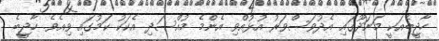
ހާޖީބެއަކީ މަނަދޫގައި އެދުވަސްވަރު އުޅުއްވި އެންމެ މުއްސަދި އެކަކު ކަމުގައި ވިއެވެ. ހާޖީބެ